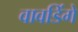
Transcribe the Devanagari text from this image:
वावडिंगे